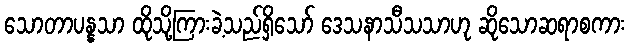
သောတာပန္နသာ ထိုသို့ကြားခဲ့သည်ရှိသော် ဒေသနာသီသသာဟု ဆိုသောဆရာစကား